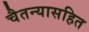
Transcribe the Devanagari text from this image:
चैतन्यासहित